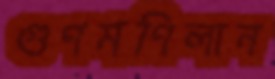
গুণমণিলান